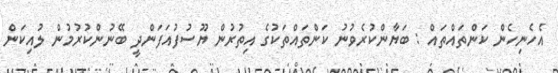
އެހެނިހެން ކަންތައްތައް : ބަޔާންކުރެވުނު ކަންތައްތަކުގެ އިތުރުން ޔޫސުފުއަފަންދީ ބޭނުންކުރުމުން ލުއިކަން